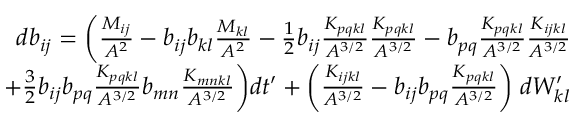
\begin{array} { r } { d b _ { i j } = \bigg ( \frac { M _ { i j } } { A ^ { 2 } } - b _ { i j } b _ { k l } \frac { M _ { k l } } { A ^ { 2 } } - \frac { 1 } { 2 } b _ { i j } \frac { K _ { p q k l } } { A ^ { 3 / 2 } } \frac { K _ { p q k l } } { A ^ { 3 / 2 } } - b _ { p q } \frac { K _ { p q k l } } { A ^ { 3 / 2 } } \frac { K _ { i j k l } } { A ^ { 3 / 2 } } } \\ { + \frac { 3 } { 2 } b _ { i j } b _ { p q } \frac { K _ { p q k l } } { A ^ { 3 / 2 } } b _ { m n } \frac { K _ { m n k l } } { A ^ { 3 / 2 } } \bigg ) d t ^ { \prime } + \bigg ( \frac { K _ { i j k l } } { A ^ { 3 / 2 } } - b _ { i j } b _ { p q } \frac { K _ { p q k l } } { A ^ { 3 / 2 } } \bigg ) \; d W _ { k l } ^ { \prime } } \end{array}